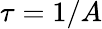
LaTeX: \tau=1/A